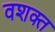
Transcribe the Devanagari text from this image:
वशक्त